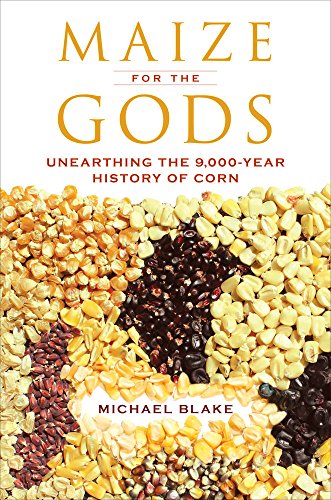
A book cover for Maize for the Gods: Unearthing the 9,000-Year History of Corn; MichÃ¦l Blake; Science & Math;